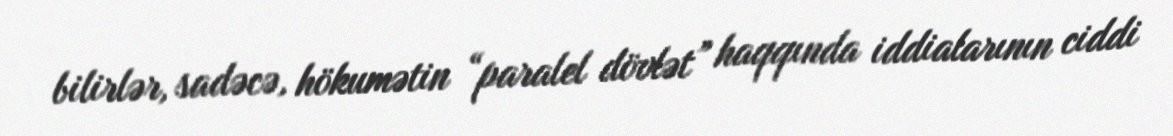
bilirlər, sadəcə, hökumətin “paralel dövlət” haqqında iddialarının ciddi